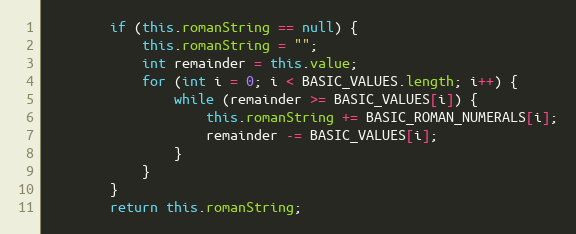
Language: Java
		if (this.romanString == null) {
			this.romanString = "";
			int remainder = this.value;
			for (int i = 0; i < BASIC_VALUES.length; i++) {
				while (remainder >= BASIC_VALUES[i]) {
					this.romanString += BASIC_ROMAN_NUMERALS[i];
					remainder -= BASIC_VALUES[i];
				}
			}
		}
		return this.romanString;